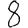
Digit: 8